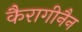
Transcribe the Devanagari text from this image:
कैरागीनैन